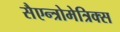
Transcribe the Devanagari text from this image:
सैएन्त्रोमेत्रिक्स